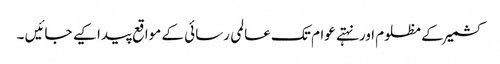
کشمیر کے مظلوم اورنہتے عوام تک عالمی رسائی کے مواقع پیدا کیے جائیں ۔